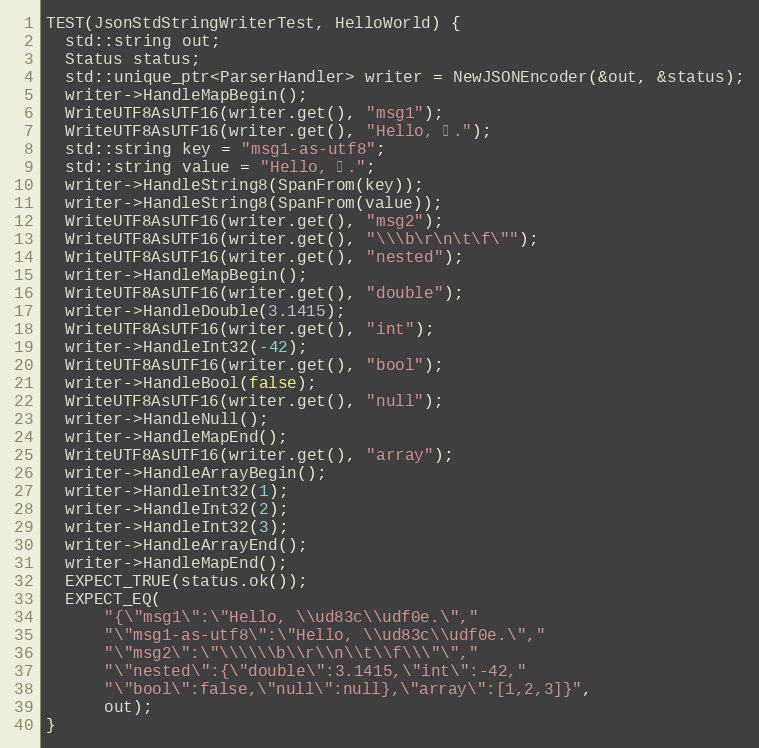
Language: C++
TEST(JsonStdStringWriterTest, HelloWorld) {
  std::string out;
  Status status;
  std::unique_ptr<ParserHandler> writer = NewJSONEncoder(&out, &status);
  writer->HandleMapBegin();
  WriteUTF8AsUTF16(writer.get(), "msg1");
  WriteUTF8AsUTF16(writer.get(), "Hello, 🌎.");
  std::string key = "msg1-as-utf8";
  std::string value = "Hello, 🌎.";
  writer->HandleString8(SpanFrom(key));
  writer->HandleString8(SpanFrom(value));
  WriteUTF8AsUTF16(writer.get(), "msg2");
  WriteUTF8AsUTF16(writer.get(), "\\\b\r\n\t\f\"");
  WriteUTF8AsUTF16(writer.get(), "nested");
  writer->HandleMapBegin();
  WriteUTF8AsUTF16(writer.get(), "double");
  writer->HandleDouble(3.1415);
  WriteUTF8AsUTF16(writer.get(), "int");
  writer->HandleInt32(-42);
  WriteUTF8AsUTF16(writer.get(), "bool");
  writer->HandleBool(false);
  WriteUTF8AsUTF16(writer.get(), "null");
  writer->HandleNull();
  writer->HandleMapEnd();
  WriteUTF8AsUTF16(writer.get(), "array");
  writer->HandleArrayBegin();
  writer->HandleInt32(1);
  writer->HandleInt32(2);
  writer->HandleInt32(3);
  writer->HandleArrayEnd();
  writer->HandleMapEnd();
  EXPECT_TRUE(status.ok());
  EXPECT_EQ(
      "{\"msg1\":\"Hello, \\ud83c\\udf0e.\","
      "\"msg1-as-utf8\":\"Hello, \\ud83c\\udf0e.\","
      "\"msg2\":\"\\\\\\b\\r\\n\\t\\f\\\"\","
      "\"nested\":{\"double\":3.1415,\"int\":-42,"
      "\"bool\":false,\"null\":null},\"array\":[1,2,3]}",
      out);
}